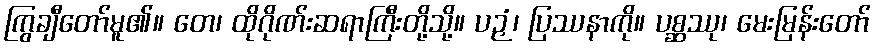
ကြွချီတော်မူ၏။ တေ၊ ထိုဂိုဏ်းဆရာကြီးတို့သို့။ ပဉှံ၊ ပြဿနာကို။ ပစ္ဆဿု၊ မေးမြန်းတော်